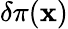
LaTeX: \delta\pi(\mathbf{x})